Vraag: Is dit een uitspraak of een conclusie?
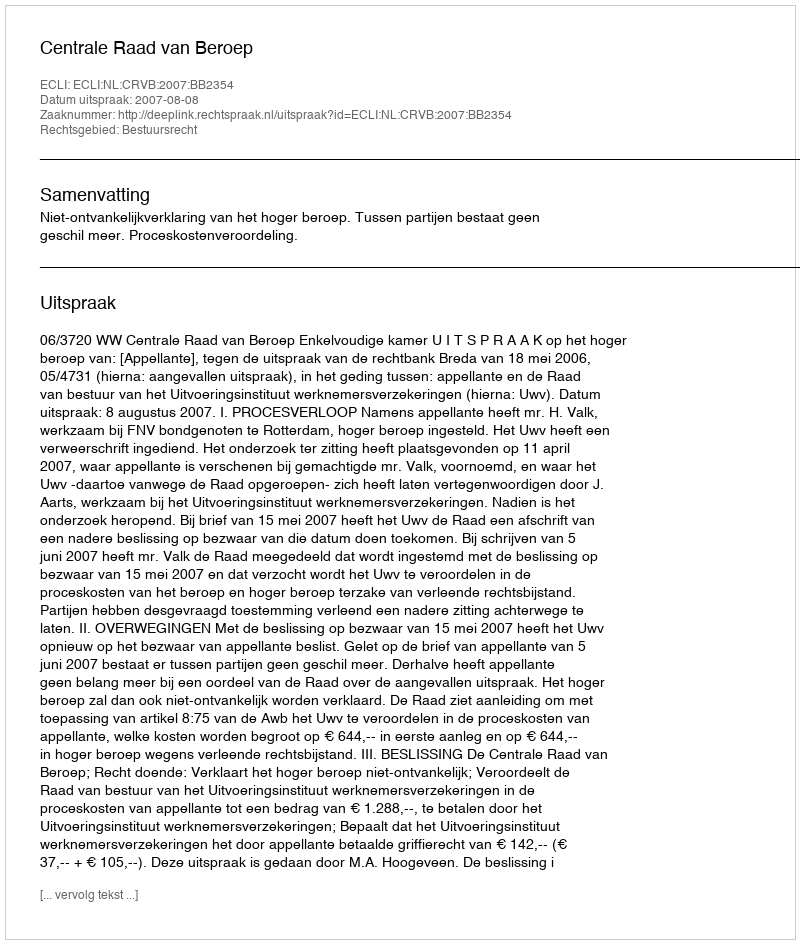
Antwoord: Uitspraak